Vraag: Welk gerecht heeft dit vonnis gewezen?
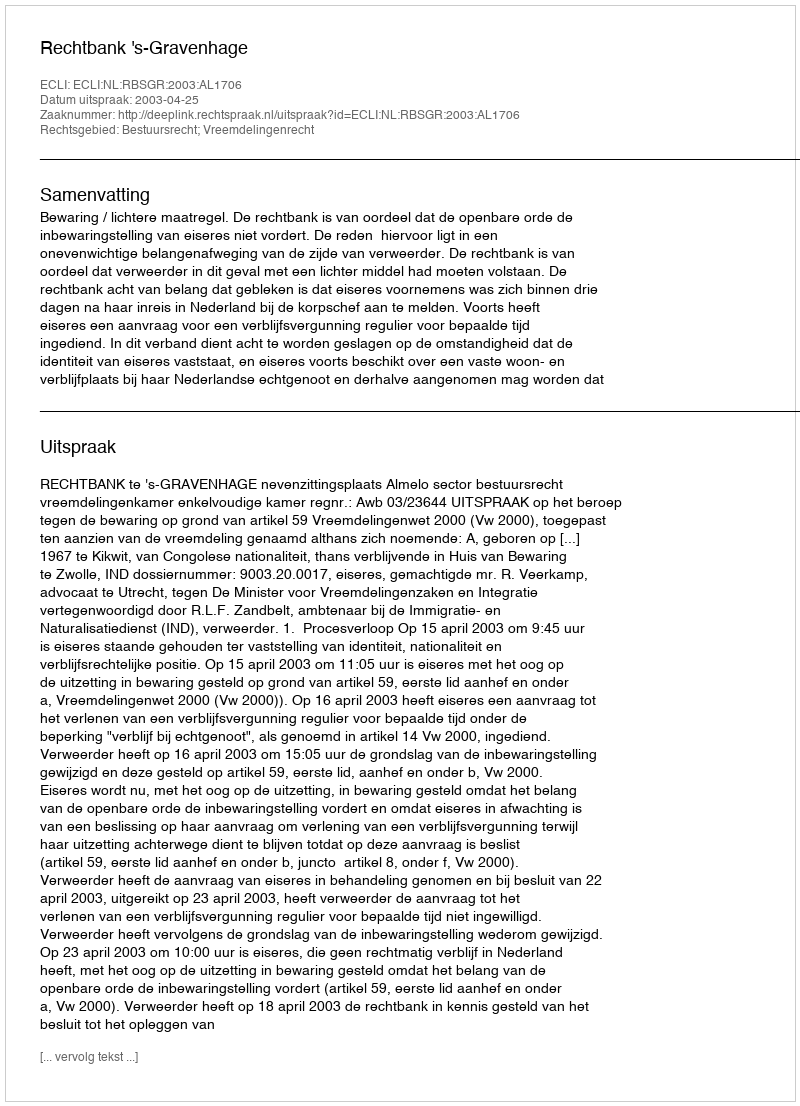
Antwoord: Rechtbank 's-Gravenhage